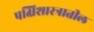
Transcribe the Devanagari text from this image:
पक्षिशास्त्रातील